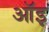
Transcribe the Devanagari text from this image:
ऑइ